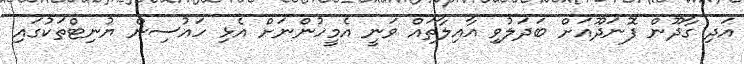
އަދި ގާދޫން ފޮނަދޫއަށް ބަދަލުވި އާއިލާތައް ވަނީ އެމީހުންނަށް އެޅި ހައުސިން ޔުނިޓްތަކުގައި